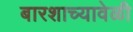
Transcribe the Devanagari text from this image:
बारशाच्यावेळी